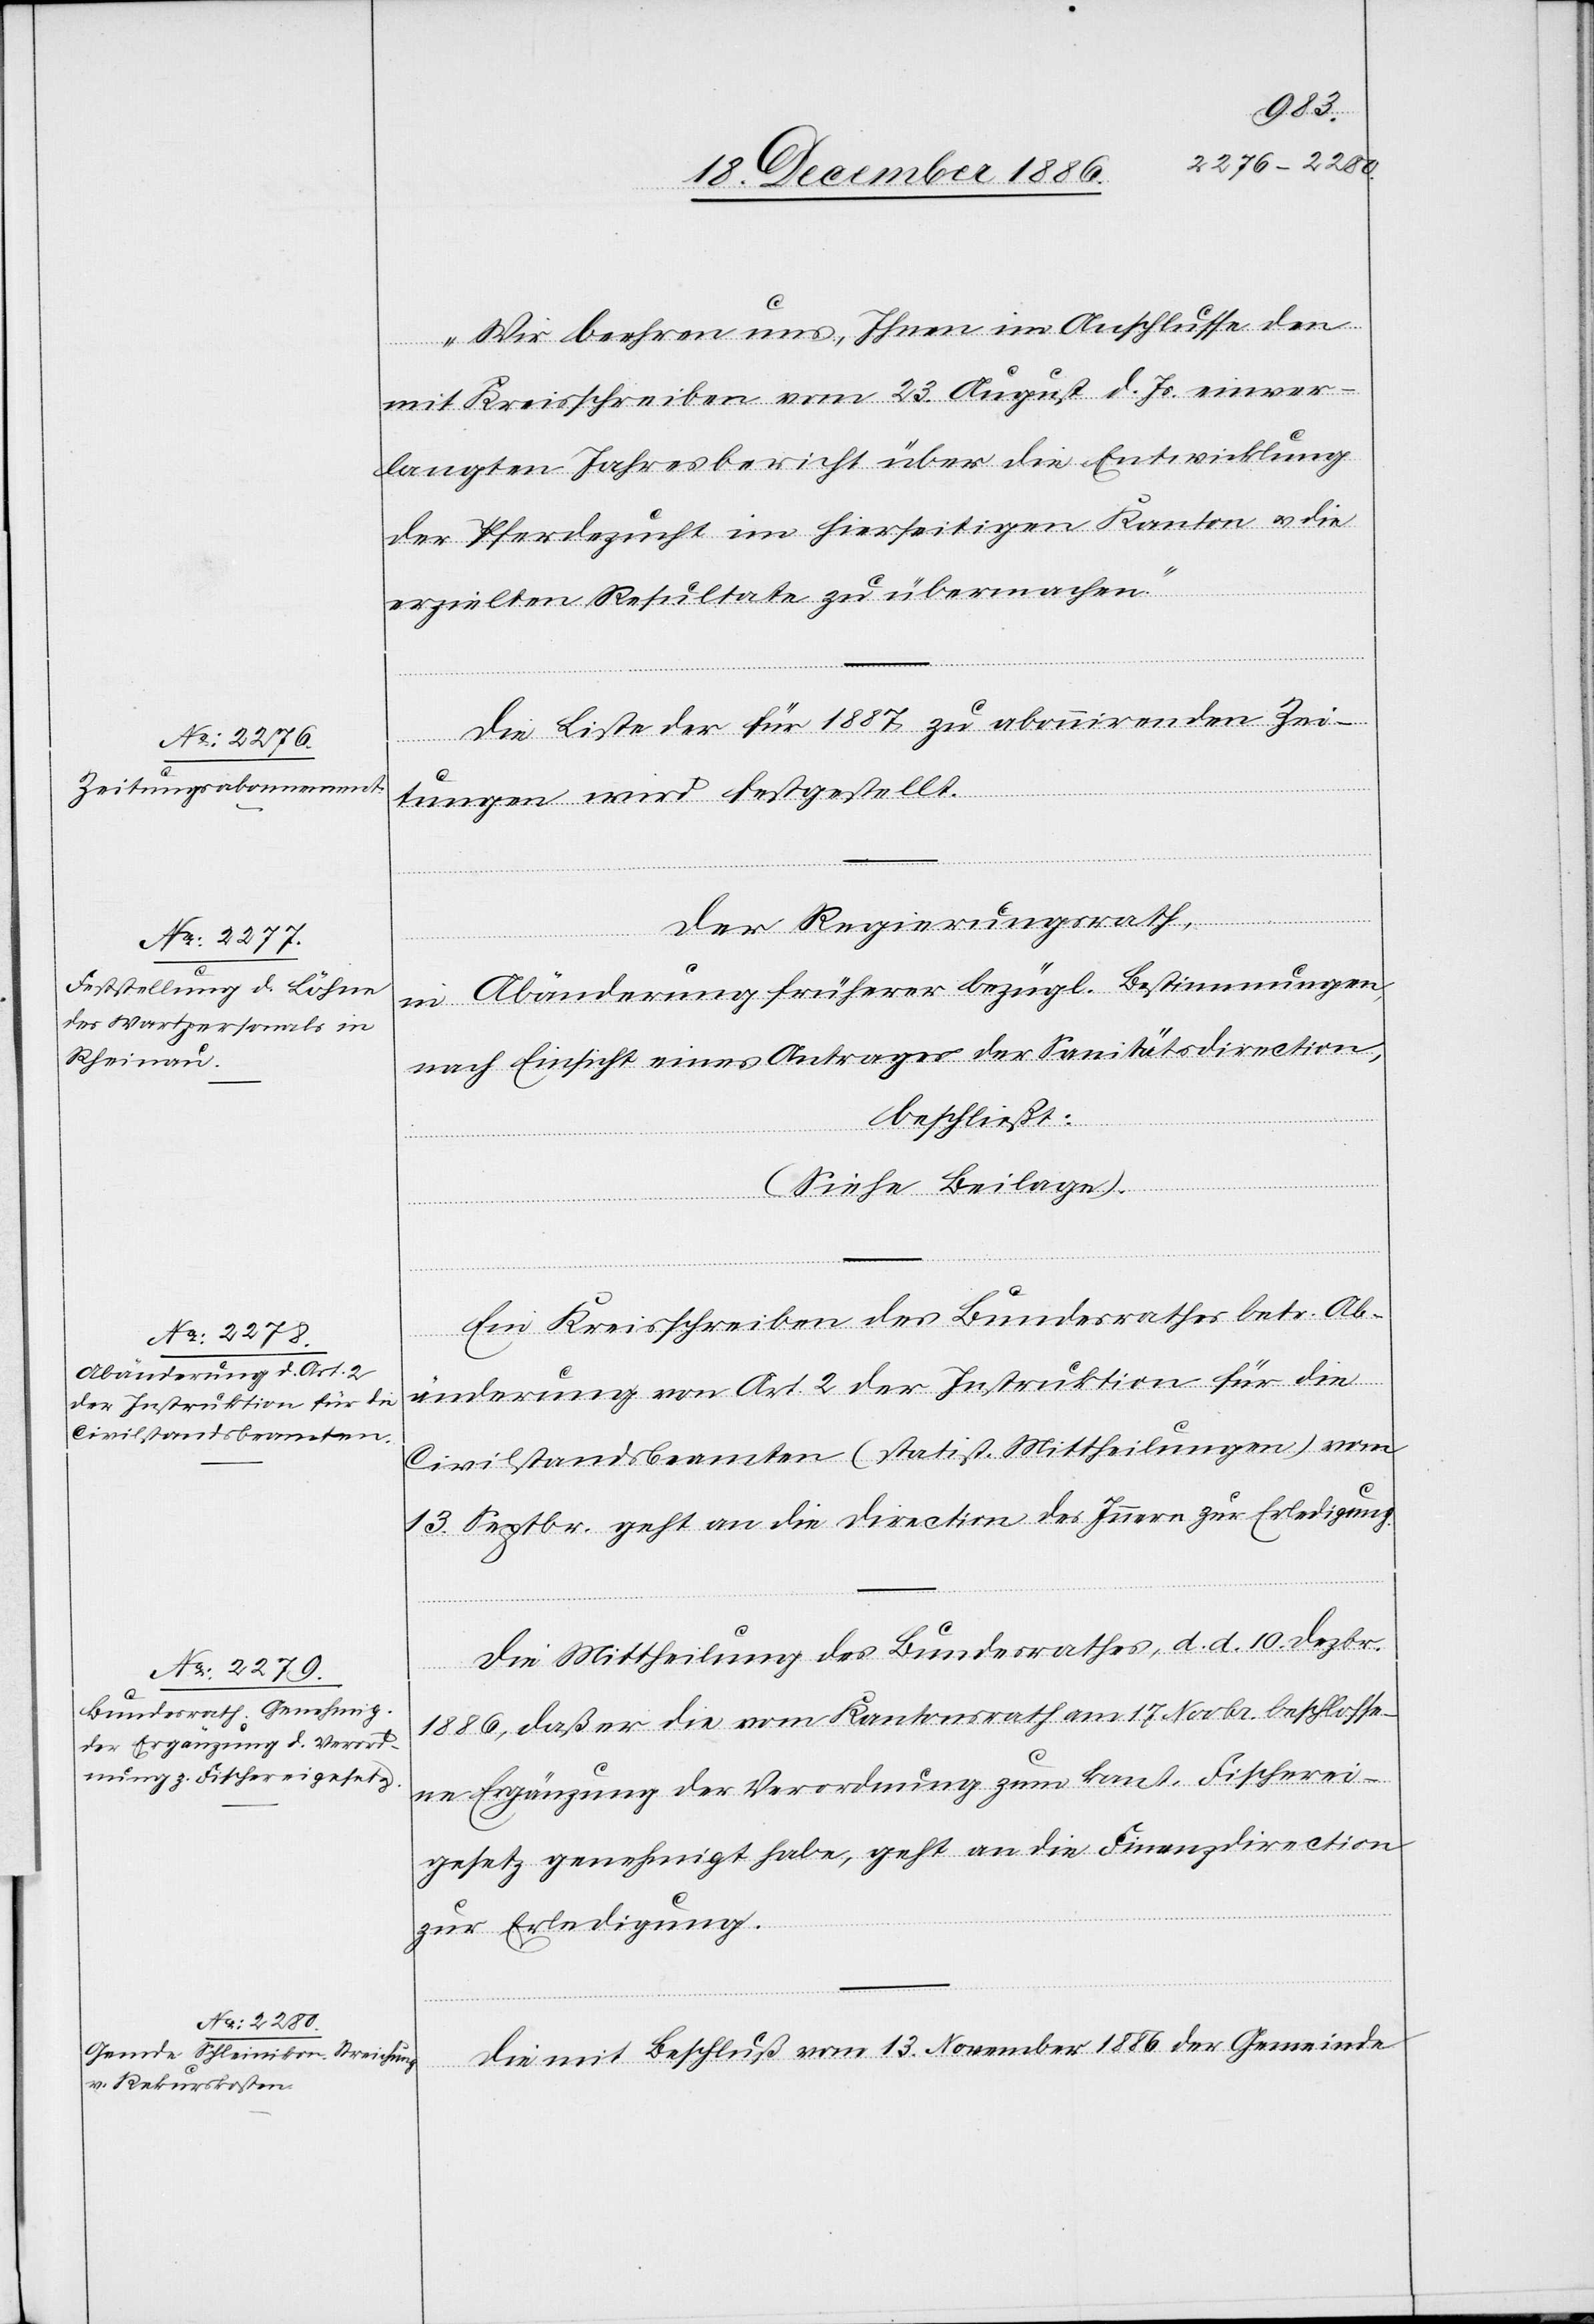
„Wir beehren uns, Ihnen im Anschlusse den
mit Kreisschreiben vom 23. August d. Js. einver¬
langten Jahresbericht über die Entwicklung
der Pferdezucht im hierseitigen Kanton & die
erzielten Resultate zu übermachen.“
Die Liste für 1887 zu abonnirenden Zei¬
Der Regierungsrath,
in Abänderung früherer bezügl. Bestimmungen,
nach Einsicht eines Antrages der Sanitätsdirection,
beschließt:
wird festgestellt.
(Siehe Beilage).
Ein Kreisschreiben des Bundesrathes betr. Ab¬
änderung von Art. 2 der Instruktion für die
Civilstandsbeamten (statist. Mittheilung) vom
13. Septbr. geht an die Direction des Innern zur Erledigung.
Die Mittheilung des Bundesrathes, d. d. 10. Dezbr.
1886, daß er die vom Kantonsrath am 17. Novbr. beschlosse¬
ne Ergänzung der Verordnung zum kant. Fischerei¬
gesetz genehmigt habe, geht an die Finanzdirection
zur Erledigung.
Die mit Beschluß vom 13. November 1886 der Gemeinde